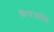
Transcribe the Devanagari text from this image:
विनाअटीचे